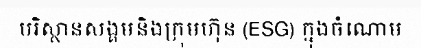
បរិស្ថានសង្គមនិងក្រុមហ៊ុន (ESG) ក្នុងចំណោម